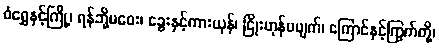
ဝံရွှေနှင့်ကြို့၊ ရန်ဘို့မဝေး၊ ခွေးနှင့်ကားယုန်၊ ငြိုးဟုန်မပျက်၊ ကြောင်နှင့်ကြွက်တို့၊